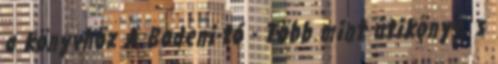
a könyvhöz A Bodeni-tó - Több mint útikönyv, s